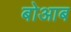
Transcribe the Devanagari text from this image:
बोआब